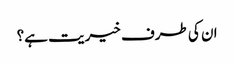
ان کی طرف خیریت ہے؟